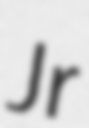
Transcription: Jr